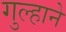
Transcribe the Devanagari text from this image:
गुल्हाने